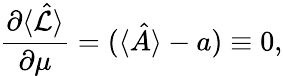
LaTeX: \frac{\partial\langle\hat{\mathcal{L}}\rangle}{\partial\mu}=(\langle\hat{A}\rangle-a)\equiv 0,